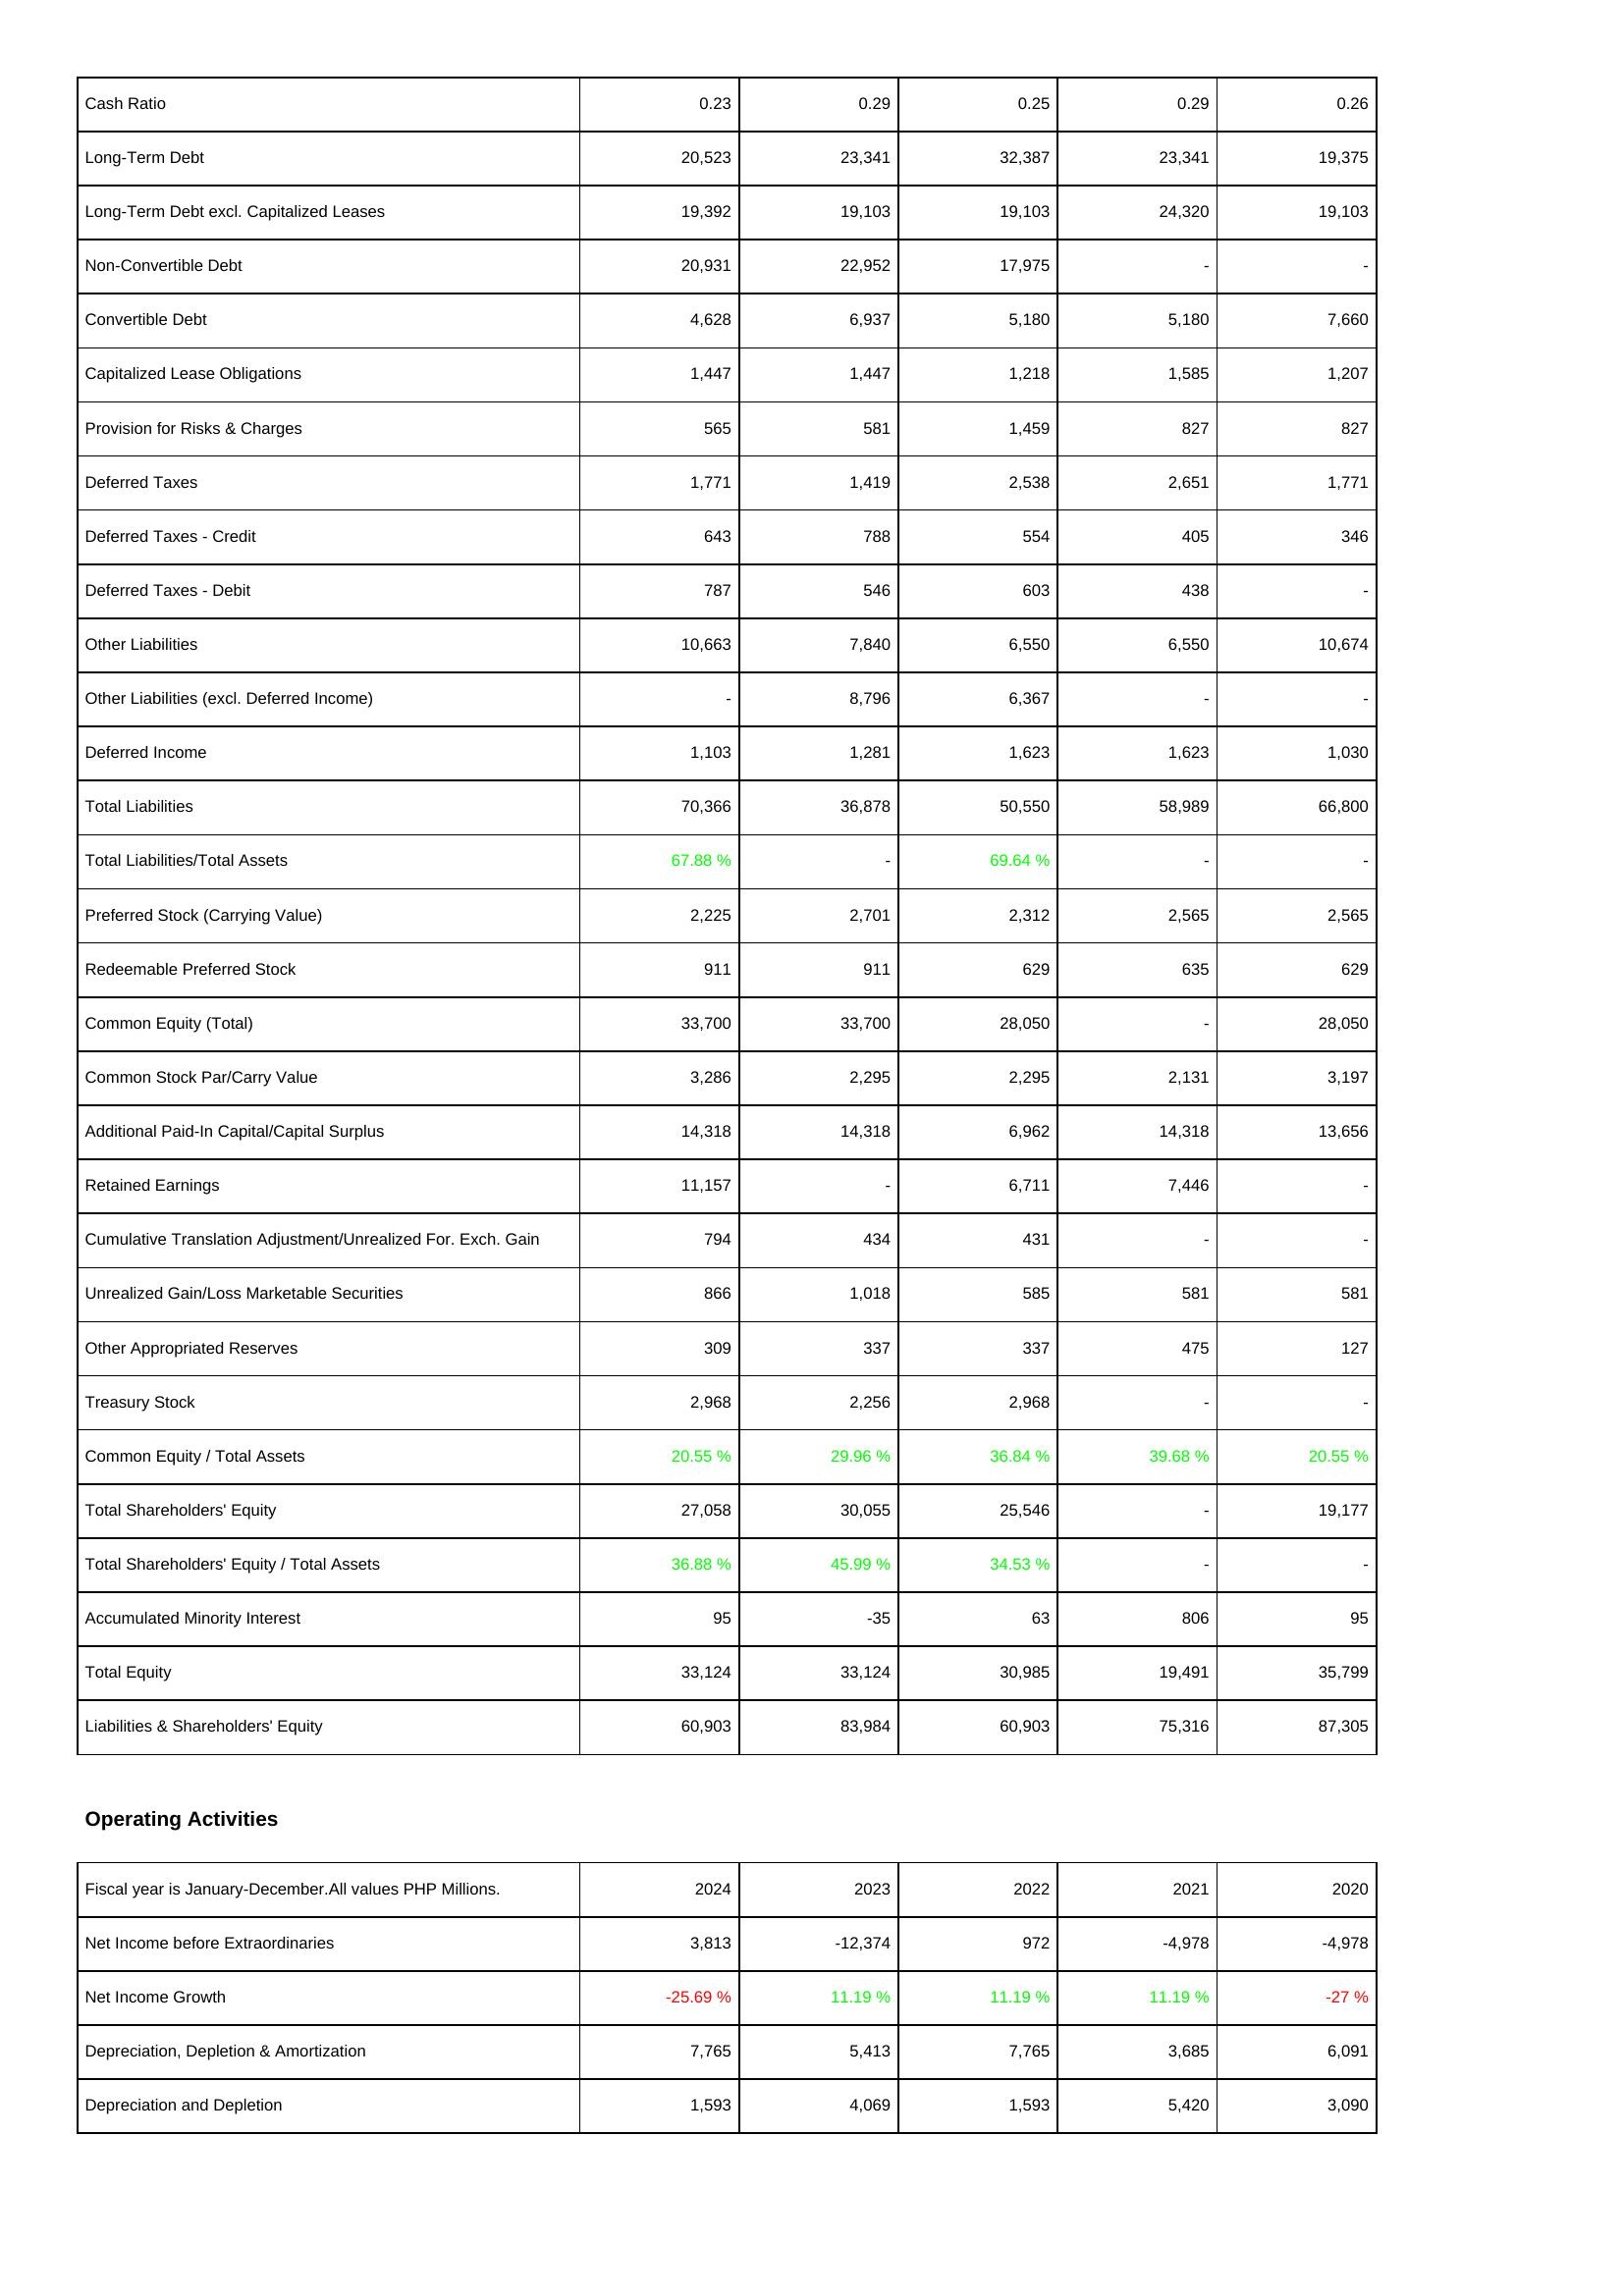
2024: Liabilities & Shareholders' Equity: Cash Ratio: 0.23
Long-Term Debt: 20,523
Long-Term Debt excl. Capitalized Leases: 19,392
Non-Convertible Debt: 20,931
Convertible Debt: 4,628
Capitalized Lease Obligations: 1,447
Provision for Risks & Charges: 565
Deferred Taxes: 1,771
Deferred Taxes - Credit: 643
Deferred Taxes - Debit: 787
Other Liabilities: 10,663
Other Liabilities (excl. Deferred Income): -
Deferred Income: 1,103
Total Liabilities: 70,366
Total Liabilities/Total Assets: 67.88 %
Preferred Stock (Carrying Value): 2,225
Redeemable Preferred Stock: 911
Common Equity (Total): 33,700
Common Stock Par/Carry Value: 3,286
Additional Paid-In Capital/Capital Surplus: 14,318
Retained Earnings: 11,157
Cumulative Translation Adjustment/Unrealized For. Exch. Gain: 794
Unrealized Gain/Loss Marketable Securities: 866
Other Appropriated Reserves: 309
Treasury Stock: 2,968
Common Equity / Total Assets: 20.55 %
Total Shareholders' Equity: 27,058
Total Shareholders' Equity / Total Assets: 36.88 %
Accumulated Minority Interest: 95
Total Equity: 33,124
Liabilities & Shareholders' Equity: 60,903
Operating Activities: Net Income before Extraordinaries: 3,813
Net Income Growth: -25.69 %
Depreciation, Depletion & Amortization: 7,765
Depreciation and Depletion: 1,593
2023: Liabilities & Shareholders' Equity: Cash Ratio: 0.29
Long-Term Debt: 23,341
Long-Term Debt excl. Capitalized Leases: 19,103
Non-Convertible Debt: 22,952
Convertible Debt: 6,937
Capitalized Lease Obligations: 1,447
Provision for Risks & Charges: 581
Deferred Taxes: 1,419
Deferred Taxes - Credit: 788
Deferred Taxes - Debit: 546
Other Liabilities: 7,840
Other Liabilities (excl. Deferred Income): 8,796
Deferred Income: 1,281
Total Liabilities: 36,878
Total Liabilities/Total Assets: -
Preferred Stock (Carrying Value): 2,701
Redeemable Preferred Stock: 911
Common Equity (Total): 33,700
Common Stock Par/Carry Value: 2,295
Additional Paid-In Capital/Capital Surplus: 14,318
Retained Earnings: -
Cumulative Translation Adjustment/Unrealized For. Exch. Gain: 434
Unrealized Gain/Loss Marketable Securities: 1,018
Other Appropriated Reserves: 337
Treasury Stock: 2,256
Common Equity / Total Assets: 29.96 %
Total Shareholders' Equity: 30,055
Total Shareholders' Equity / Total Assets: 45.99 %
Accumulated Minority Interest: -35
Total Equity: 33,124
Liabilities & Shareholders' Equity: 83,984
Operating Activities: Net Income before Extraordinaries: -12,374
Net Income Growth: 11.19 %
Depreciation, Depletion & Amortization: 5,413
Depreciation and Depletion: 4,069
2022: Liabilities & Shareholders' Equity: Cash Ratio: 0.25
Long-Term Debt: 32,387
Long-Term Debt excl. Capitalized Leases: 19,103
Non-Convertible Debt: 17,975
Convertible Debt: 5,180
Capitalized Lease Obligations: 1,218
Provision for Risks & Charges: 1,459
Deferred Taxes: 2,538
Deferred Taxes - Credit: 554
Deferred Taxes - Debit: 603
Other Liabilities: 6,550
Other Liabilities (excl. Deferred Income): 6,367
Deferred Income: 1,623
Total Liabilities: 50,550
Total Liabilities/Total Assets: 69.64 %
Preferred Stock (Carrying Value): 2,312
Redeemable Preferred Stock: 629
Common Equity (Total): 28,050
Common Stock Par/Carry Value: 2,295
Additional Paid-In Capital/Capital Surplus: 6,962
Retained Earnings: 6,711
Cumulative Translation Adjustment/Unrealized For. Exch. Gain: 431
Unrealized Gain/Loss Marketable Securities: 585
Other Appropriated Reserves: 337
Treasury Stock: 2,968
Common Equity / Total Assets: 36.84 %
Total Shareholders' Equity: 25,546
Total Shareholders' Equity / Total Assets: 34.53 %
Accumulated Minority Interest: 63
Total Equity: 30,985
Liabilities & Shareholders' Equity: 60,903
Operating Activities: Net Income before Extraordinaries: 972
Net Income Growth: 11.19 %
Depreciation, Depletion & Amortization: 7,765
Depreciation and Depletion: 1,593
2021: Liabilities & Shareholders' Equity: Cash Ratio: 0.29
Long-Term Debt: 23,341
Long-Term Debt excl. Capitalized Leases: 24,320
Non-Convertible Debt: -
Convertible Debt: 5,180
Capitalized Lease Obligations: 1,585
Provision for Risks & Charges: 827
Deferred Taxes: 2,651
Deferred Taxes - Credit: 405
Deferred Taxes - Debit: 438
Other Liabilities: 6,550
Other Liabilities (excl. Deferred Income): -
Deferred Income: 1,623
Total Liabilities: 58,989
Total Liabilities/Total Assets: -
Preferred Stock (Carrying Value): 2,565
Redeemable Preferred Stock: 635
Common Equity (Total): -
Common Stock Par/Carry Value: 2,131
Additional Paid-In Capital/Capital Surplus: 14,318
Retained Earnings: 7,446
Cumulative Translation Adjustment/Unrealized For. Exch. Gain: -
Unrealized Gain/Loss Marketable Securities: 581
Other Appropriated Reserves: 475
Treasury Stock: -
Common Equity / Total Assets: 39.68 %
Total Shareholders' Equity: -
Total Shareholders' Equity / Total Assets: -
Accumulated Minority Interest: 806
Total Equity: 19,491
Liabilities & Shareholders' Equity: 75,316
Operating Activities: Net Income before Extraordinaries: -4,978
Net Income Growth: 11.19 %
Depreciation, Depletion & Amortization: 3,685
Depreciation and Depletion: 5,420
2020: Liabilities & Shareholders' Equity: Cash Ratio: 0.26
Long-Term Debt: 19,375
Long-Term Debt excl. Capitalized Leases: 19,103
Non-Convertible Debt: -
Convertible Debt: 7,660
Capitalized Lease Obligations: 1,207
Provision for Risks & Charges: 827
Deferred Taxes: 1,771
Deferred Taxes - Credit: 346
Deferred Taxes - Debit: -
Other Liabilities: 10,674
Other Liabilities (excl. Deferred Income): -
Deferred Income: 1,030
Total Liabilities: 66,800
Total Liabilities/Total Assets: -
Preferred Stock (Carrying Value): 2,565
Redeemable Preferred Stock: 629
Common Equity (Total): 28,050
Common Stock Par/Carry Value: 3,197
Additional Paid-In Capital/Capital Surplus: 13,656
Retained Earnings: -
Cumulative Translation Adjustment/Unrealized For. Exch. Gain: -
Unrealized Gain/Loss Marketable Securities: 581
Other Appropriated Reserves: 127
Treasury Stock: -
Common Equity / Total Assets: 20.55 %
Total Shareholders' Equity: 19,177
Total Shareholders' Equity / Total Assets: -
Accumulated Minority Interest: 95
Total Equity: 35,799
Liabilities & Shareholders' Equity: 87,305
Operating Activities: Net Income before Extraordinaries: -4,978
Net Income Growth: -27 %
Depreciation, Depletion & Amortization: 6,091
Depreciation and Depletion: 3,090